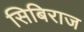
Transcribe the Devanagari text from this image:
सिबिराज